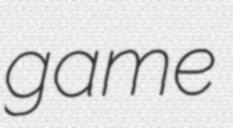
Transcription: game